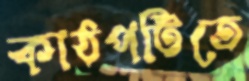
কাঠপট্টিতে